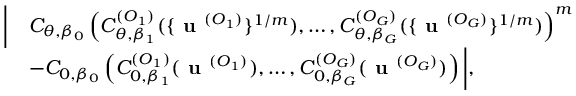
\begin{array} { r l } { \bigg | } & { C _ { \theta , \beta _ { 0 } } \left( C _ { \theta , \beta _ { 1 } } ^ { ( O _ { 1 } ) } ( \{ \textbf { u } ^ { ( O _ { 1 } ) } \} ^ { 1 / m } ) , \dots , C _ { \theta , \beta _ { G } } ^ { ( O _ { G } ) } ( \{ \textbf { u } ^ { ( O _ { G } ) } \} ^ { 1 / m } ) \right) ^ { m } } \\ & { - C _ { 0 , \beta _ { 0 } } \left( C _ { 0 , \beta _ { 1 } } ^ { ( O _ { 1 } ) } ( \textbf { u } ^ { ( O _ { 1 } ) } ) , \dots , C _ { 0 , \beta _ { G } } ^ { ( O _ { G } ) } ( \textbf { u } ^ { ( O _ { G } ) } ) \right) \bigg | , } \end{array}